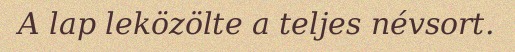
A lap leközölte a teljes névsort.